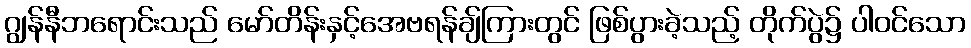
ဂျွန်နီဘရောင်းသည် မော်တိန်းနှင့်အေဗရန်ချ်ကြားတွင် ဖြစ်ပွားခဲ့သည့် တိုက်ပွဲ၌ ပါဝင်သော